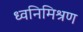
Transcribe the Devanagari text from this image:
ध्वनिमिश्रण